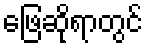
ဖြေဆိုရာတွင်